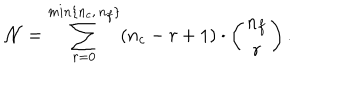
{ \cal N } = \sum _ { r = 0 } ^ { m i n \{ n _ { c } , \, n _ { f } \} } ( n _ { c } - r + 1 ) \cdot \left( \begin{matrix} { { n _ { f } } } \\ { { r } } \\ \end{matrix} \right) . \,